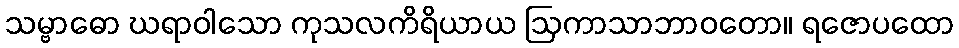
သမ္ဗာဓော ဃရာဝါသော ကုသလကိရိယာယ ဩကာသာဘာဝတော။ ရဇောပထော